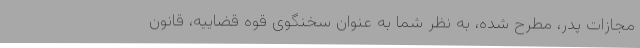
مجازات پدر، مطرح شده، به نظر شما به عنوان سخنگوی قوه قضاییه، قانون